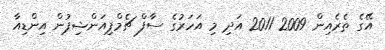
އޭގެ ތެރެއިން 2009 2011 އަދި މި އަހަރުގެ ސާފް ޗެމްޕިއަންޝިޕުން އިންޑިއާ